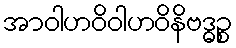
အာဝါဟဝိဝါဟဝိနိဗဒ္ဓဉ္စ